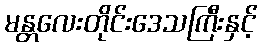
မန္တလေးတိုင်းဒေသကြီးနှင့်